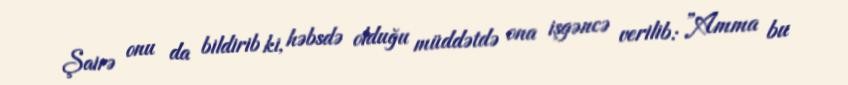
Şairə onu da bildirib ki, həbsdə olduğu müddətdə ona işgəncə verilib: ”Amma bu